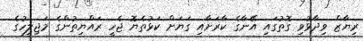
ރިޔާޒް ވިދާޅުވި ގޮތުގައި އޭނާގެ ކާރަށާއި ގަޔަށް ކަޅުތެޔޮ ޖެހީ ރައްޔިތުންގެ މަޖިލީހުގެ